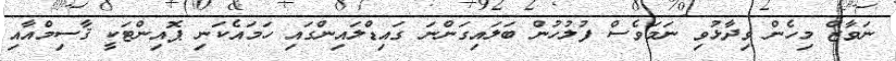
ނަވާޒް މިހެން ވިދާޅުވި ނަމަވެސް ފުލުހުން ބަލައިގަންނަ ގައިޑްލައިންގައި ހަމައެކަނި ޕޮއިންޓަކީ ޤާސިމްއާއި